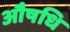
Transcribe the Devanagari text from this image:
औषधि